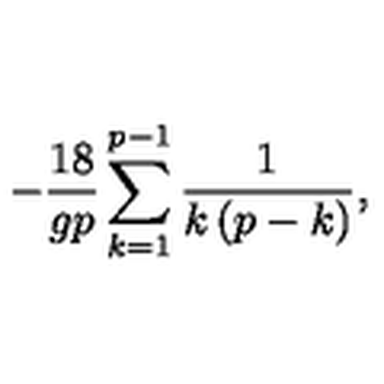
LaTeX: - \frac { 1 8 } { g p } \sum _ { k = 1 } ^ { p - 1 } \frac { 1 } { k \left( p - k \right) } ,